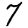
Digit: 7